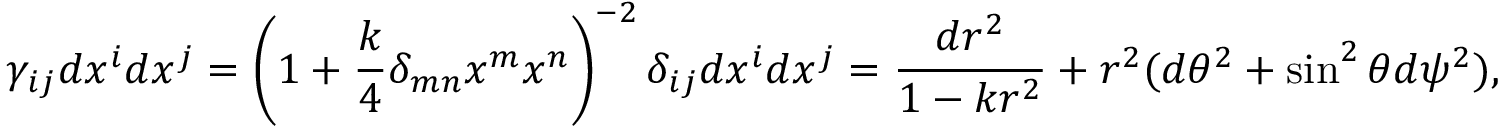
\gamma _ { i j } d x ^ { i } d x ^ { j } = \left( 1 + { \frac { k } { 4 } } \delta _ { m n } x ^ { m } x ^ { n } \right) ^ { - 2 } \delta _ { i j } d x ^ { i } d x ^ { j } = { \frac { d r ^ { 2 } } { 1 - k r ^ { 2 } } } + r ^ { 2 } ( d \theta ^ { 2 } + \sin ^ { 2 } \theta d \psi ^ { 2 } ) ,